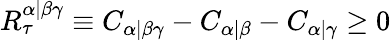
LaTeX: R_{\tau}^{\alpha|\beta\gamma}\equiv C_{\alpha|\beta\gamma}-C_{\alpha|\beta}-C_{\alpha|\gamma}\geq 0